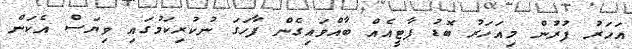
އަހަރު ފުރުން މިއަހަރު ބޮޑު ޕާޓީއެއް ބާއްވައިގެން ފާހަގަ ނުކުރިކަމުގައި ވިޔަސް އެކަން